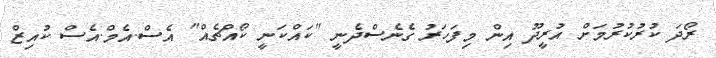
ރޯދަ ކުރުކުރުމަށް އުރީދޫ އިން މިފަހަރު ގެނެސްދެނީ "ކައްކަނީ ކޯއްޗެއް" އެސް.އެމް.އެސް ކުއިޒް